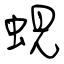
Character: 蜆